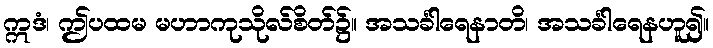
ဣဒံ၊ ဤပထမ မဟာကုသိုလ်စိတ်၌။ အသင်္ခါရေနာတိ၊ အသင်္ခါရေနဟူ၍။